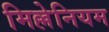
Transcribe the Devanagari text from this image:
मिल्लेनियम